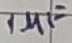
Text: 1µF